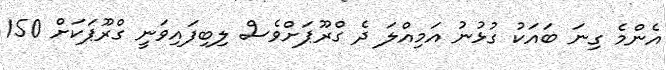
އެންމެ ގިނަ ބައަކު ގުޅުނު އަމިއްލަ ދެ ގްރޫޕަށްވެސް ލިބިފައިވަނީ ގްރޫޕަކަށް 150